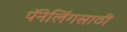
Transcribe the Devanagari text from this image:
पॅनेलिंगसाठी